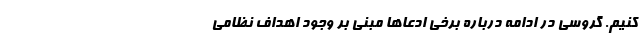
کنیم. گروسی در ادامه درباره برخی ادعا‌ها مبنی بر وجود اهداف نظامی